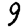
Digit: 9